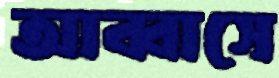
আব্বাসে